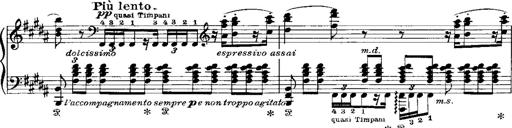
Title: RÃ©miniscences de Norma de Bellini
Composer: Franz Liszt